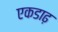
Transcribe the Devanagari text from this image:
एकडाढ़